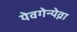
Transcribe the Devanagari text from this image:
येवगेन्येव्ना